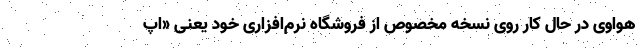
هواوی در حال کار روی نسخه مخصوص از فروشگاه نرم‌افزاری خود یعنی «اپ